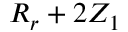
R _ { r } + 2 Z _ { 1 }